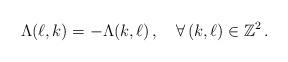
LaTeX: \begin{align*}\Lambda(\ell,k)=-\Lambda(k,\ell)\,,\quad\forall\,(k,\ell)\in\mathbb Z^2\,.\end{align*}